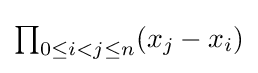
\textstyle \prod _{0\leq i<j\leq n}(x_{j}-x_{i})